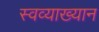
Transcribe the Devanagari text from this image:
स्वव्याख्यान